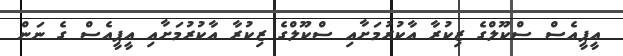
އީޕީއެސް ސްކޫލްގެ ޒިކުރާ އާކުރުމަށާއި ސްކޫލްގެ ޒިކުރާ އާކުރުމަށާއި އީޕީއެސް ގެ ނަން